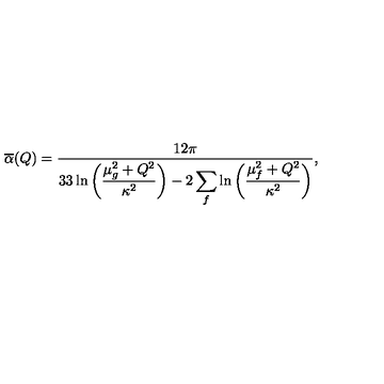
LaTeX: \overline { \alpha } ( Q ) = { \frac { 1 2 \pi } { \displaystyle 3 3 \ln { \bigg ( { \frac { \mu _ { g } ^ { 2 } + Q ^ { 2 } } { \kappa ^ { 2 } } } \bigg ) } - 2 \sum _ { f } \ln { \bigg ( { \frac { \mu _ { f } ^ { 2 } + Q ^ { 2 } } { \kappa ^ { 2 } } } \bigg ) } } } ,